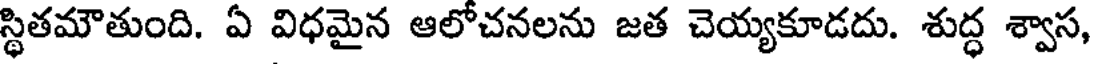
స్థితమౌతుంది. ఏ విధమైన ఆలోచనలను జత చెయ్యకూడదు. శుద్ధ శ్వాస,